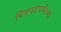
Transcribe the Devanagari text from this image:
चित्रपटापर्यंतच्या